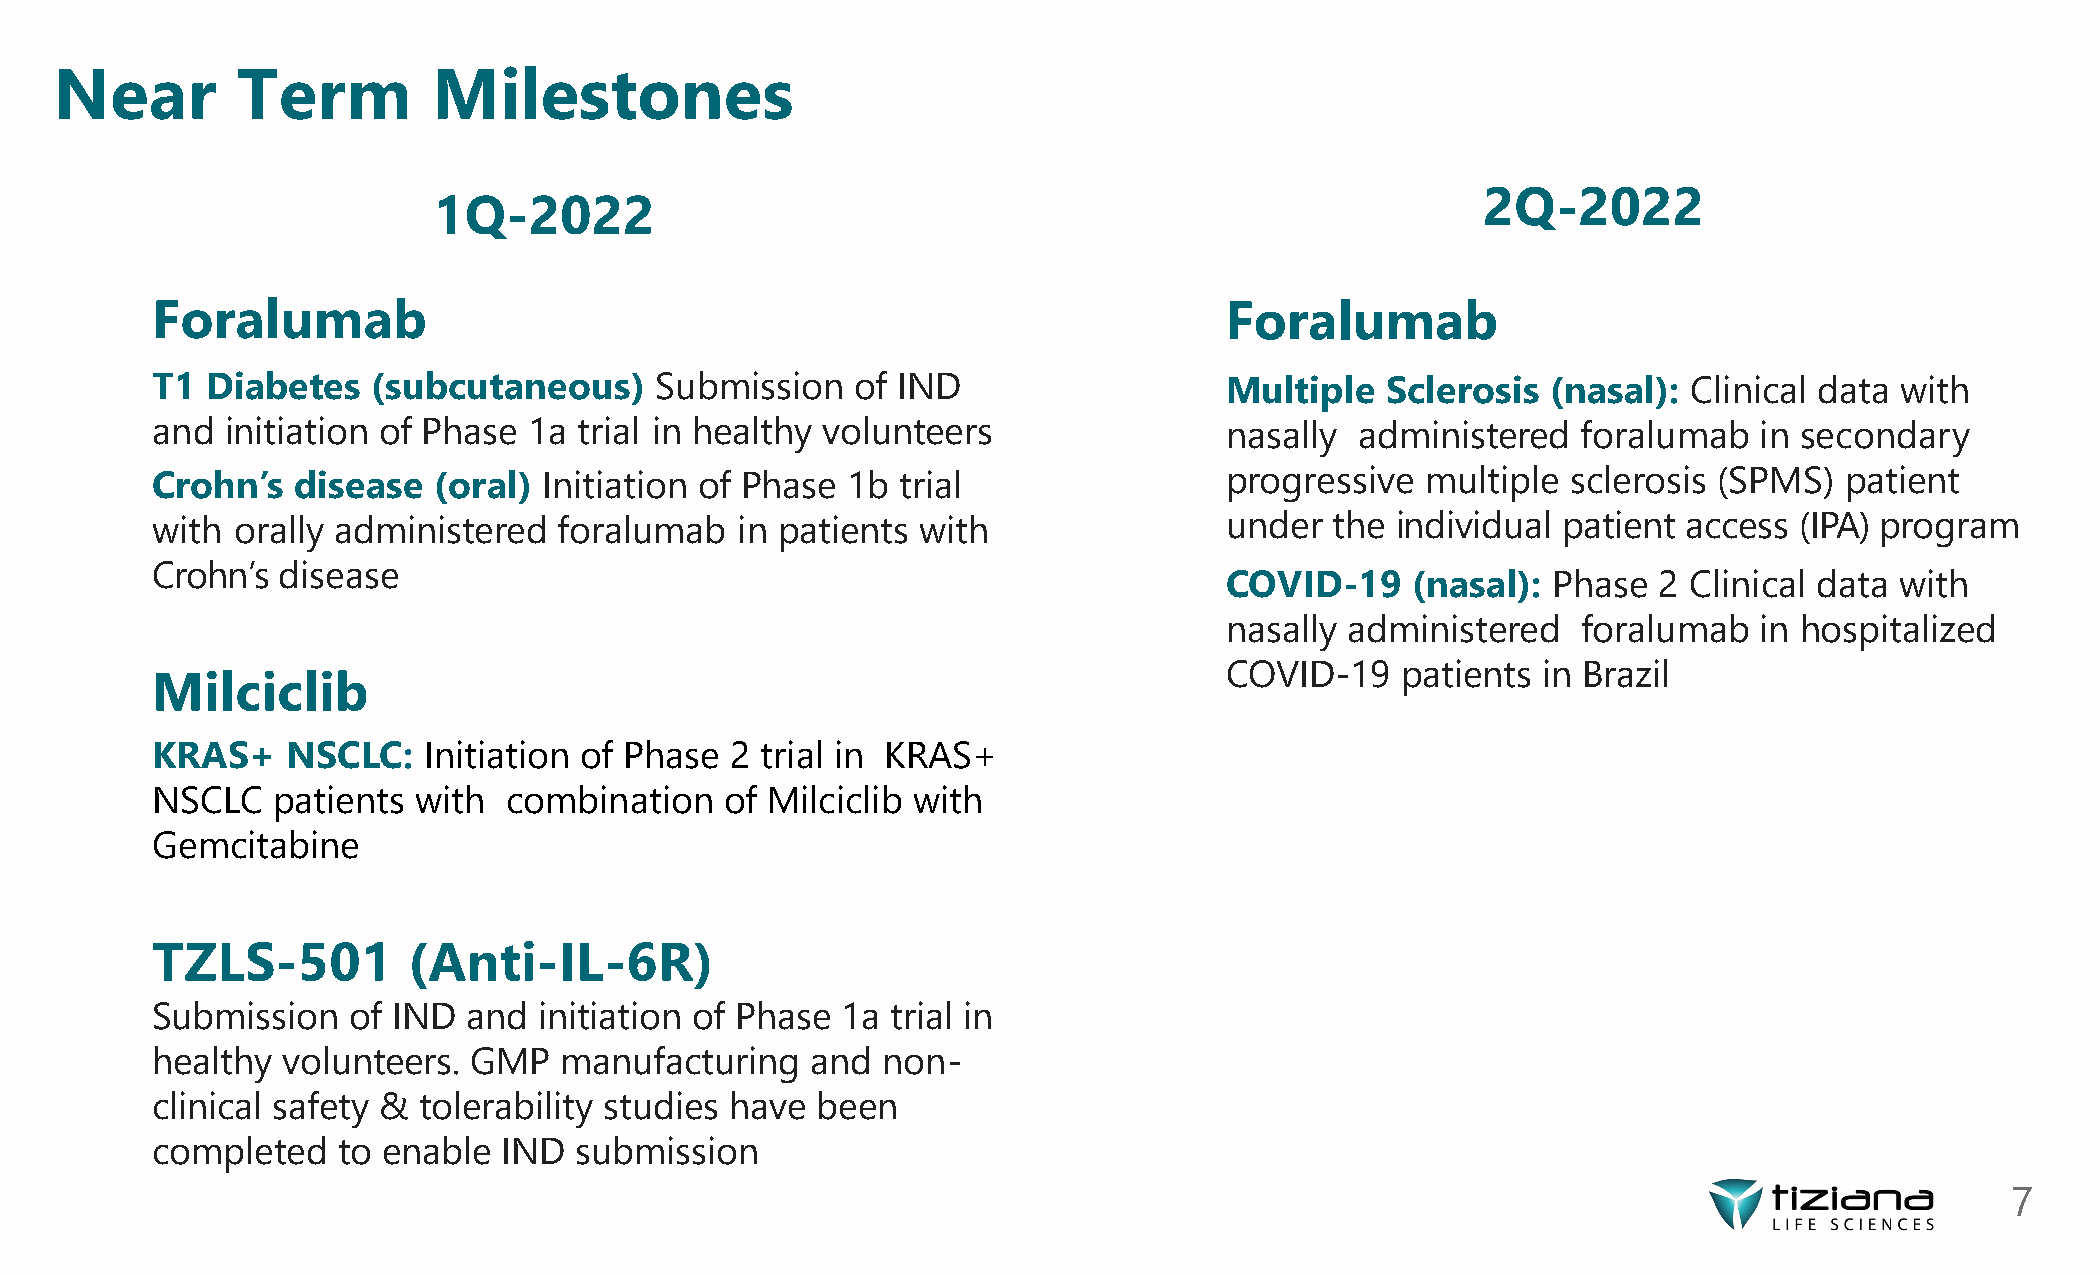
Near        Term         Milestones
 2Q-2022
 1Q-2022
 Foralumab                                                              Foralumab
 T1  Diabetes   (subcutaneous)    Submission    of IND                  Multiple   Sclerosis  (nasal): Clinical data with
 and  initiation of Phase 1a trial in healthy volunteers                nasally  administered   foralumab  in secondary
 Crohn’s   disease  (oral) Initiation of Phase 1b  trial                progressive  multiple  sclerosis (SPMS)  patient
 with orally administered   foralumab   in patients with                under  the individual patient  access (IPA) program
 Crohn’s disease
 COVID-19    (nasal):  Phase  2 Clinical data with
 nasally administered    foralumab  in hospitalized
 COVID-19    patients in Brazil
 Milciclib
 KRAS+    NSCLC:   Initiation of Phase 2 trial in KRAS+
 NSCLC   patients with  combination    of Milciclib with
 Gemcitabine
 TZLS-501         (Anti-IL-6R)
 Submission   of IND  and  initiation of Phase 1a trial in
 healthy  volunteers. GMP   manufacturing    and non-
 clinical safety & tolerability studies have been
 completed   to enable  IND  submission
 7